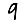
Digit: 9